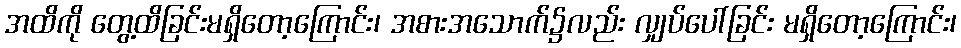
အထိကို တွေ့ထိခြင်းမရှိတော့ကြောင်း၊ အစားအသောက်၌လည်း လျှပ်ပေါ်ခြင်း မရှိတော့ကြောင်း၊